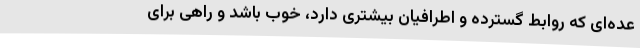
عده‌ای که روابط گسترده و اطرافیان بیشتری دارد، خوب باشد و راهی برای